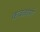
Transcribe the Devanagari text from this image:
कवळाणे